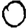
Digit: 0